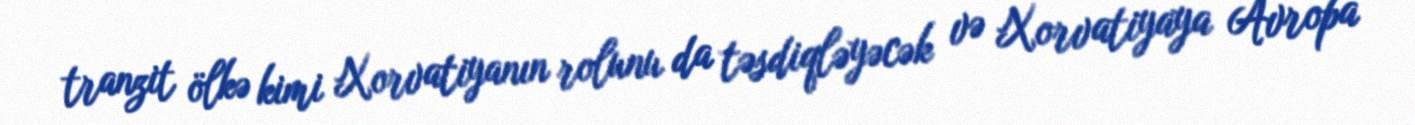
tranzit ölkə kimi Xorvatiyanın rolunu da təsdiqləyəcək və Xorvatiyaya Avropa